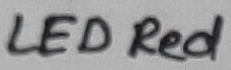
Text: LED Red